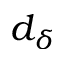
d _ { \delta }